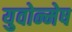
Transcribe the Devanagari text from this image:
युवोन्मेष